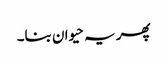
پھر یہ حیوان بنا۔